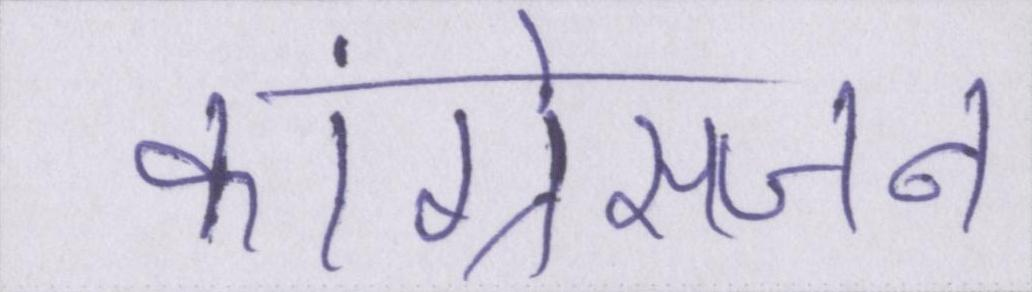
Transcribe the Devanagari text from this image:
कांग्रेसजन